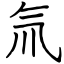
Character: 氚